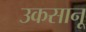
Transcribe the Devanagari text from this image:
उकसानू